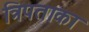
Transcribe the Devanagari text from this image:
त्रिपताका